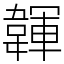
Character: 韗